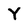
Character: Y